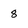
Character: 8